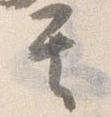
其